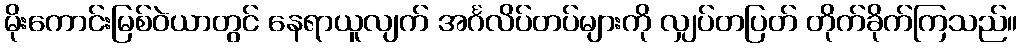
မိုးကောင်းမြစ်ဝဲယာတွင် နေရာယူလျက် အင်္ဂလိပ်တပ်များကို လျှပ်တပြတ် တိုက်ခိုက်ကြသည်။